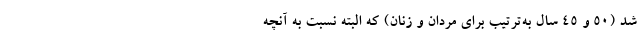
شد (۵۰ و ۴۵ سال به‌ترتیب برای مردان و زنان) که البته نسبت به آنچه